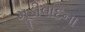
મૂડીવાદના